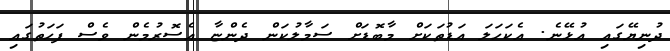
ދުނިޔޭގައި އުޅޭނެ. އެކަހަލަ އަޑުތަކަށް މާބޮޑަށް ސަމާލުކަން ދެންޏާ އެސޮރުމެން ވެސް ފަހަތުގައި